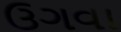
ઉગવા